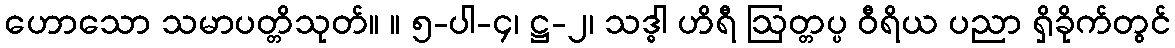
ဟောသော သမာပတ္တိသုတ်။ ။ ၅-ပါ-၄၊ ဋ္ဌ-၂၊ သဒ္ဓါ ဟိရီ ဩတ္တပ္ပ ဝီရိယ ပညာ ရှိခိုက်တွင်